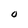
Character: O